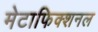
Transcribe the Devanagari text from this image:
मेटाफिक्शनल